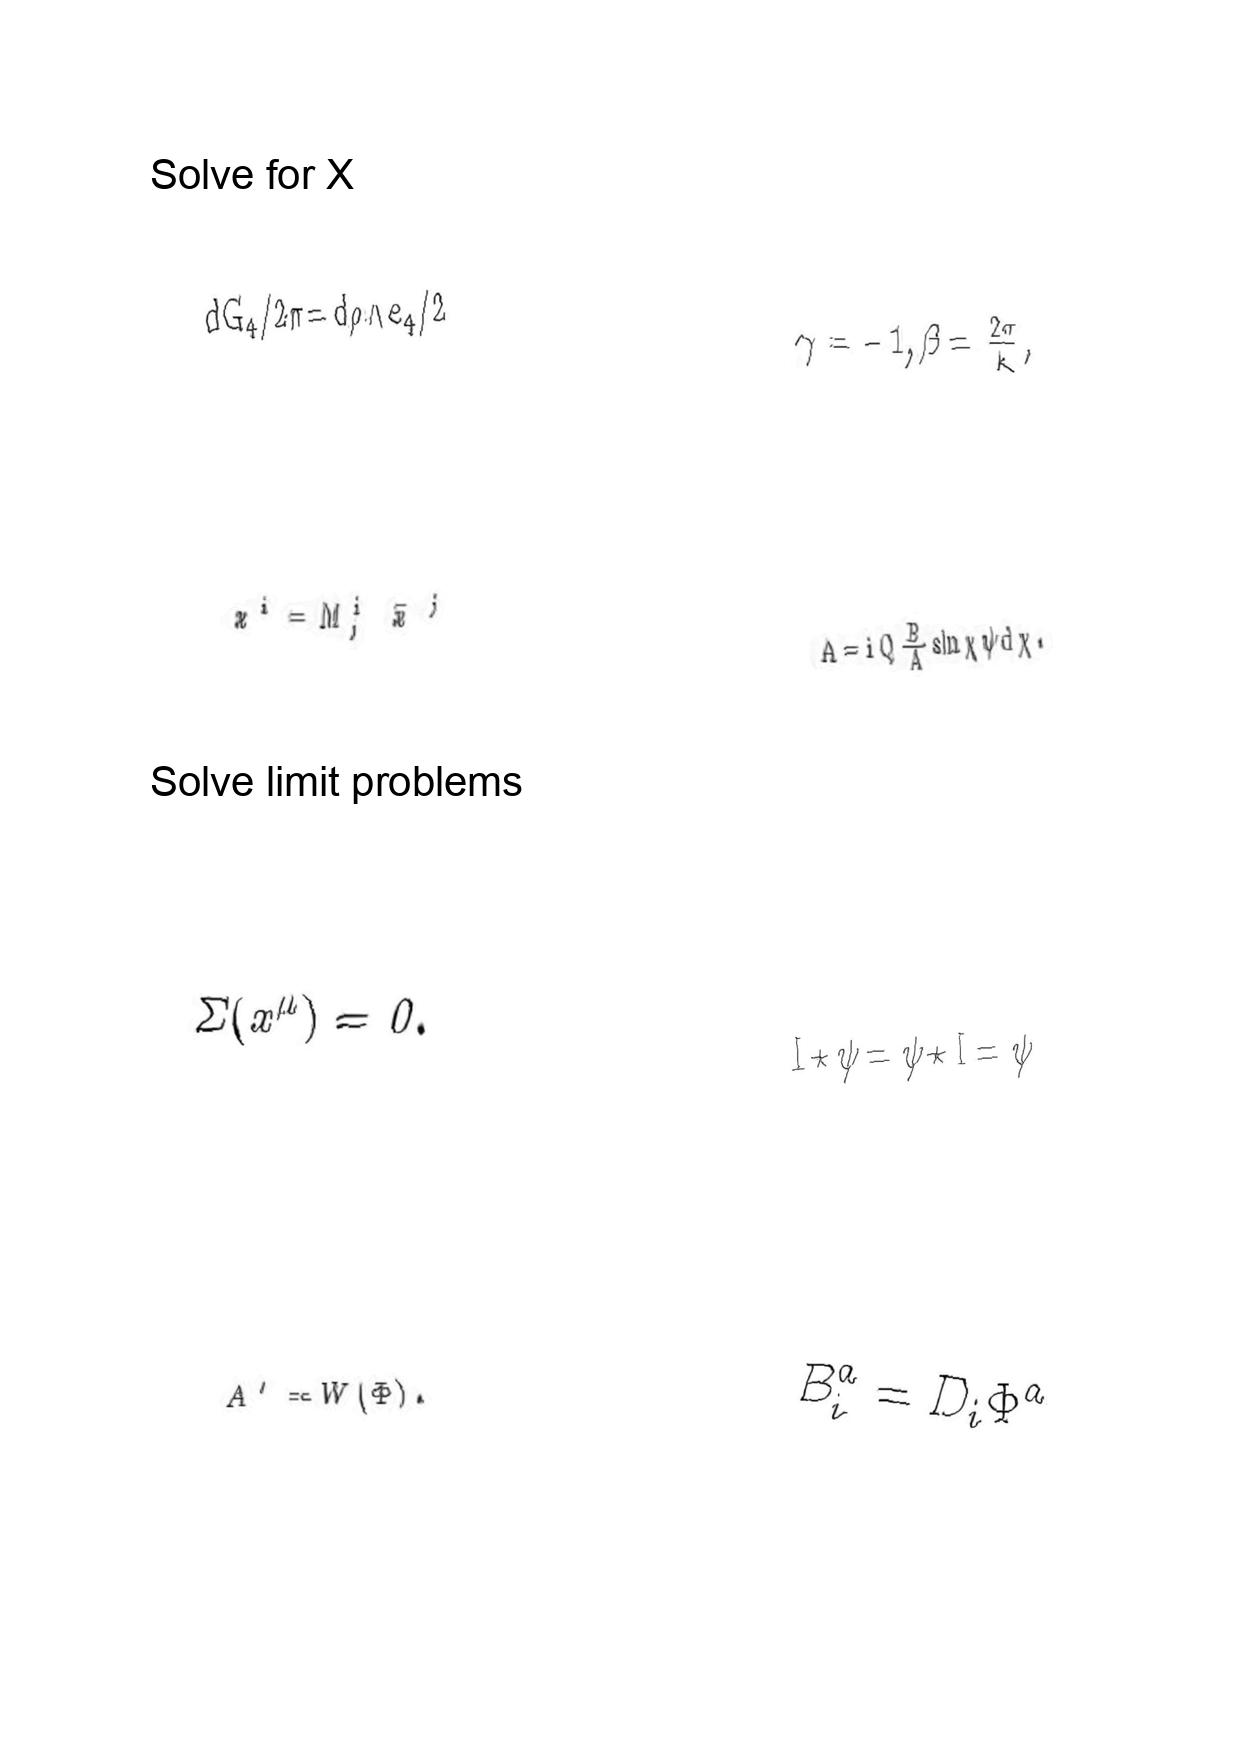
LaTeX transcription:
d G _ { 4 } / 2 \pi = d \rho \land e _ { 4 } / 2
x ^ { i } = M ^ { i } _ { j } \bar { x } ^ { j }
\Sigma \lparen x ^ { \mu } \rparen = 0 .
A ^ { \prime } = W \lparen \Phi \rparen .
\gamma = - 1 , \beta = \frac { 2 \pi } { k } ,
A = i Q \frac { B } { A } \sin \chi \psi d \chi .
I \star \psi = \psi \star I = \psi
B _ { i } ^ { a } = D _ { i } \Phi ^ { a }